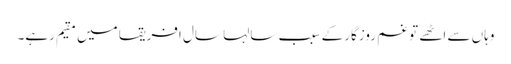
وہاں سے اٹھے تو غم روزگارکے سبب سالہا سال افریقا میں مقیم رہے۔